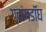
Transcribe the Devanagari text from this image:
ग्वांगडॉघ